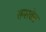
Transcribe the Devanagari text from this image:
समरवेल